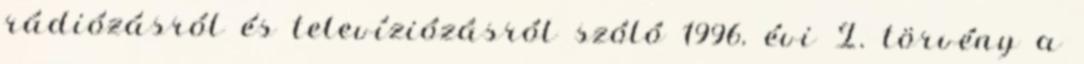
rádiózásról és televíziózásról szóló 1996. évi I. törvény a